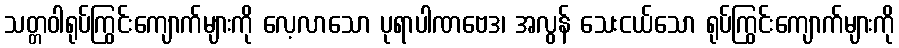
သတ္တဝါရုပ်ကြွင်းကျောက်များကို လေ့လာသော ပုရာပါဏဗေဒ၊ အလွန် သေးငယ်သော ရုပ်ကြွင်းကျောက်များကို